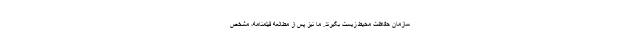
سازمان حفاظت محیط زیست بگیرند. ما نیز پس از مطالعه فیلمنامه، مشخص